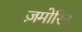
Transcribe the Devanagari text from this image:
ज़मोरिन्